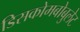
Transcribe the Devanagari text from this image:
डिसकोमबोबुलेट